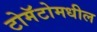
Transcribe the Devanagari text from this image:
टोमॅटोमधील